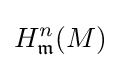
H_{\mathfrak {m}}^{n}(M)